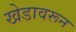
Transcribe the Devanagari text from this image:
खेडावरून